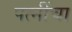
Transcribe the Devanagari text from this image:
पत्नींचा